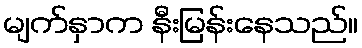
မျက်နှာက နီးမြန်းနေသည်။